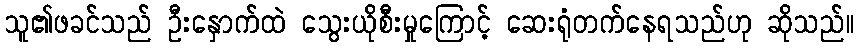
သူ၏ဖခင်သည် ဦးနှောက်ထဲ သွေးယိုစီးမှုကြောင့် ဆေးရုံတက်နေရသည်ဟု ဆိုသည်။